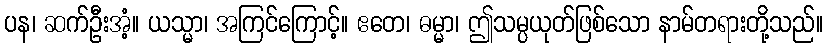
ပန၊ ဆက်ဦးအံ့။ ယသ္မာ၊ အကြင်ကြောင့်။ ဧတေ၊ ဓမ္မာ၊ ဤသမ္ပယုတ်ဖြစ်သော နာမ်တရားတို့သည်။